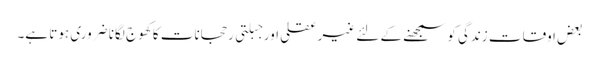
بعض اوقات زندگی کو سمجھنے کے لئے غیرعقلی اور جبلتی رحجانات کا کھوج لگانا ضروری ہوتا ہے۔